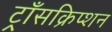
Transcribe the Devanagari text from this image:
ट्राँसक्रिप्शन